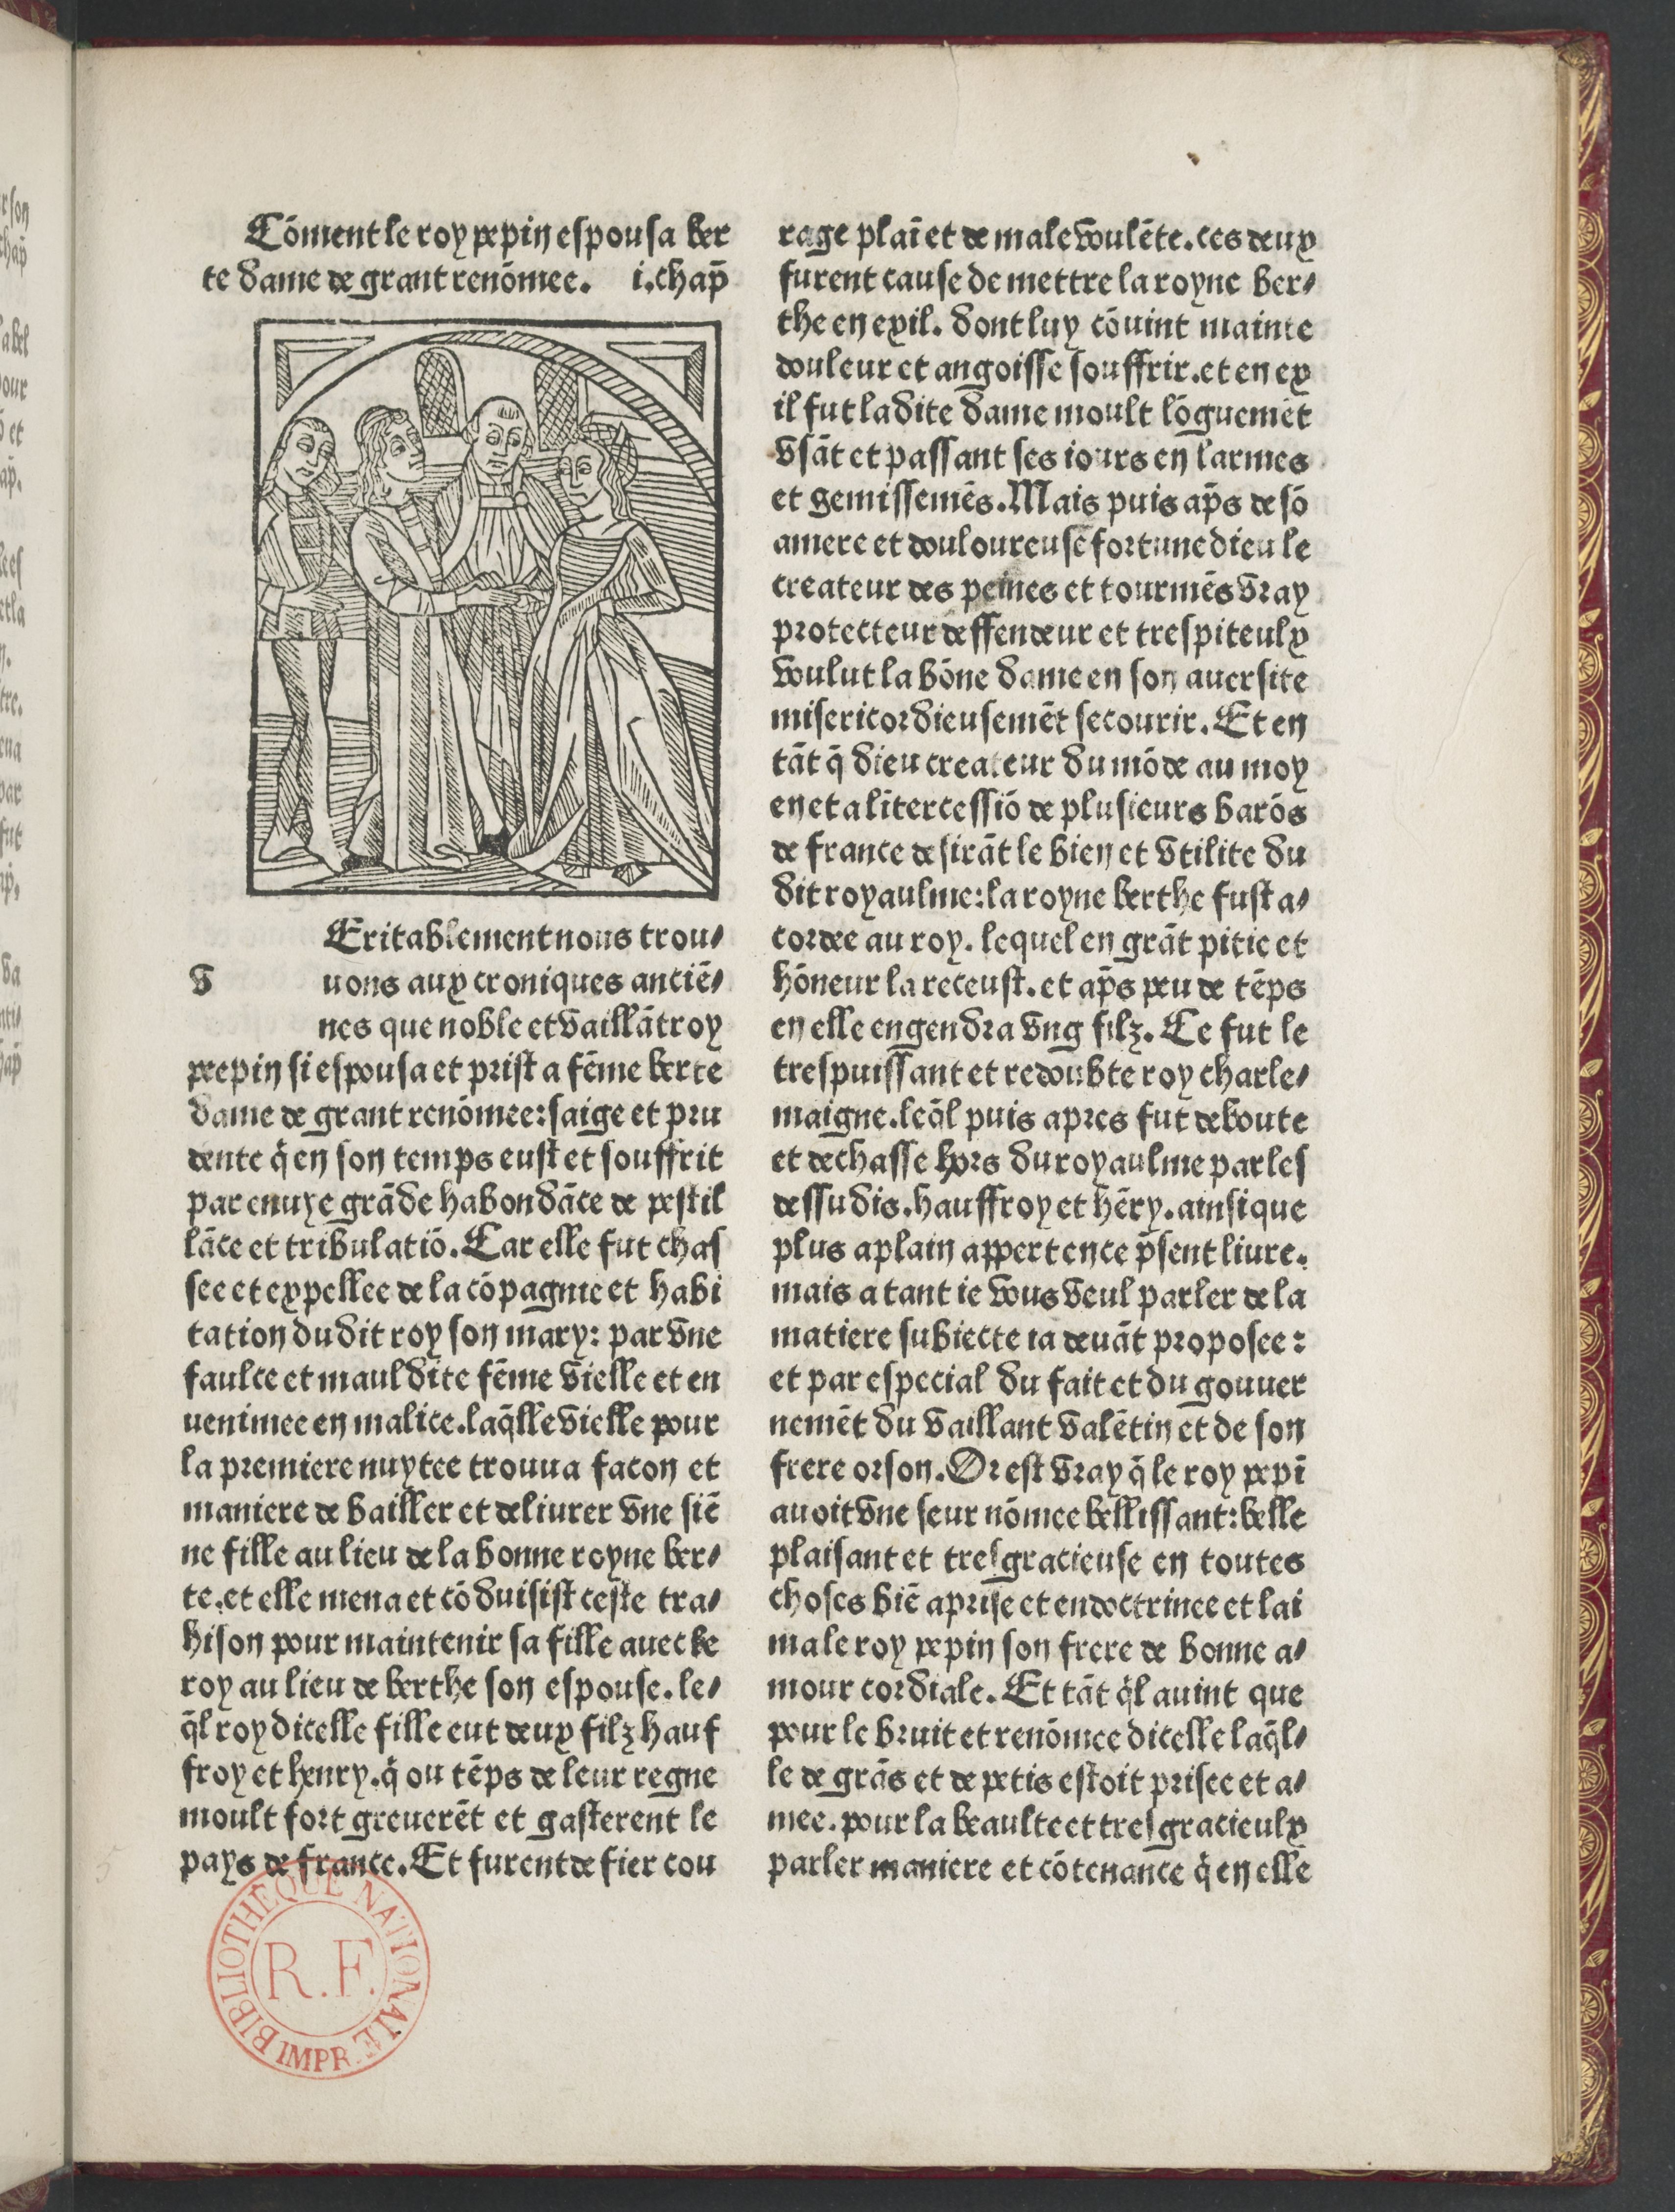
Shelfmark: Paris, BnF, Rés. Y2-82
Century: 15